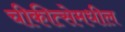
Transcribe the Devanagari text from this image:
चीकीत्सेमधील